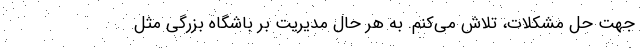
جهت حل مشکلات، تلاش می‌کنم. به هر حال مدیریت بر باشگاه بزرگی مثل